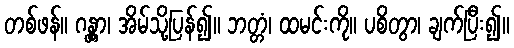
တစ်ဖန်။ ဂန္တွာ၊ အိမ်သို့ပြန်၍။ ဘတ္တံ၊ ထမင်းကို။ ပစိတွာ၊ ချက်ပြီး၍။